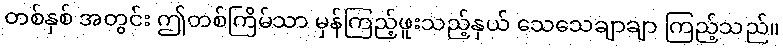
တစ်နှစ် အတွင်း ဤတစ်ကြိမ်သာ မှန်ကြည့်ဖူးသည့်နှယ် သေသေချာချာ ကြည့်သည်။